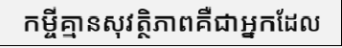
កម្ចីគ្មានសុវត្ថិភាពគឺជាអ្នកដែល